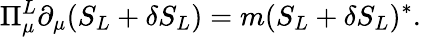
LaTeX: \Pi_{\mu}^{L}\partial_{\mu}(S_{L}+\delta S_{L})=m(S_{L}+\delta S_{L})^{*}.